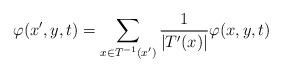
LaTeX: \begin{align*} \varphi(x',y,t)=\sum_{x\in T^{-1}(x')} \frac{1}{|T'(x)|}\varphi(x,y,t)\end{align*}